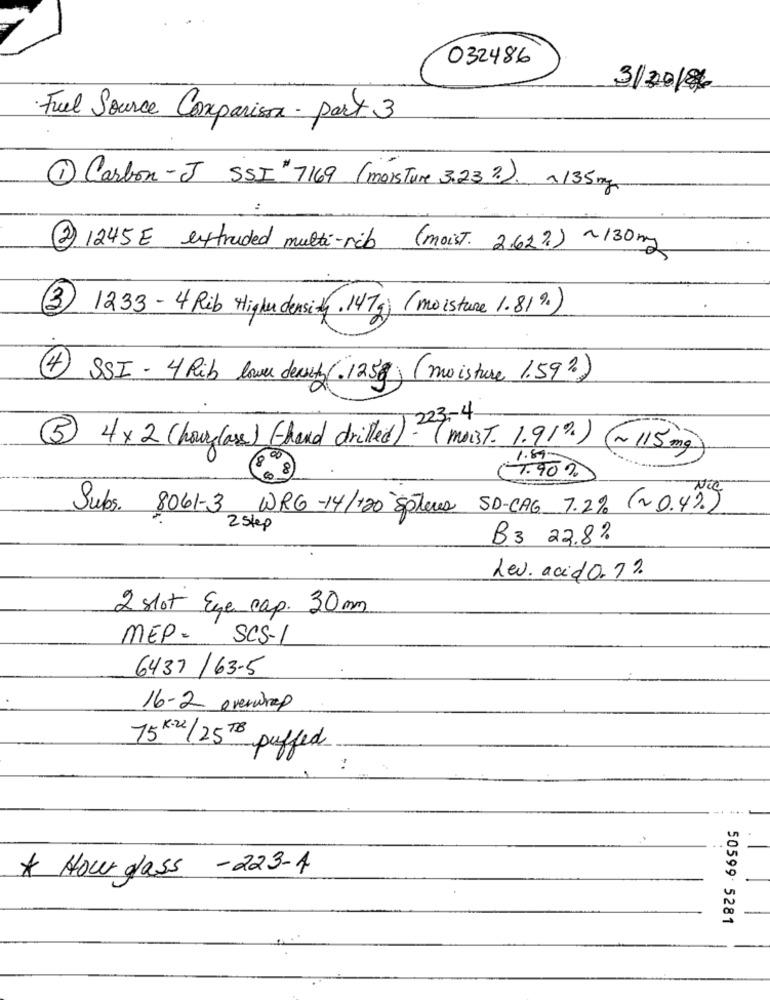
032486
3/20/8
Fuel Source Comparison- part 3
1 Carbon -J SSI 7169 (moisTure 3.23 ?). ~ 135mg
2 1245E extruded multi-rib (moist. 2.62%) ~130mg
3 1233 - 4 Rib High density. 147g (moisture 1.81%)
4 SSI - 4 Rib love deart . 125g (moisture 1.59%)
3 4 × 2 (hour (as) (thand drilled)- ( moist. 1.91%) (~115mg)
1.89
7.90%
Subs. 8061-3 WRG-14/120 Soleues SD-CAG 7.2% (~0.4).)
2 step
B3 23.8%
Lev. acid0. 7%
2 slot Eye cap. 30mm
MEP- SCS-1
6437/63-5
16-2 overwrap
15K22/25 To puffed
..
* Hour glass -223-1
50599 5281